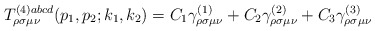
\begin{align*}T_{\rho \sigma \mu \nu }^{(4)abcd}(p_1,p_2;k_1,k_2)=C_1\gamma _{\rho \sigma\mu \nu }^{(1)}+C_2\gamma _{\rho \sigma \mu \nu }^{(2)}+C_3\gamma _{\rho\sigma \mu \nu }^{(3)}\end{align*}